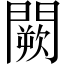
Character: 闕